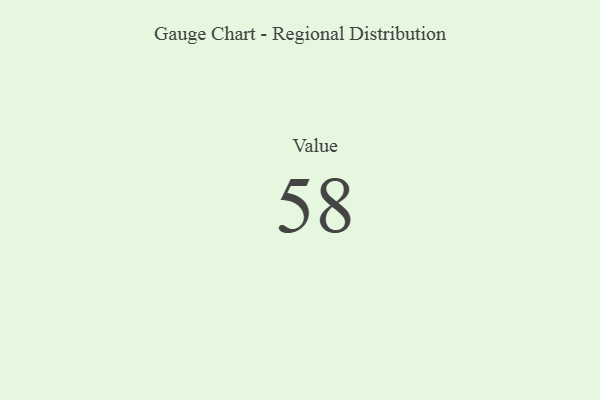
{"axis": {"x": "Metric", "y": "Value"}, "legend": [""], "data": [{"x": "Value", "y": 58, "type": ""}]}